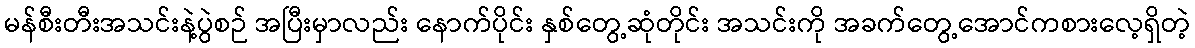
မန်စီးတီးအသင်းနဲ့ပွဲစဉ် အပြီးမှာလည်း နောက်ပိုင်း နှစ်တွေ့ဆုံတိုင်း အသင်းကို အခက်တွေ့အောင်ကစားလေ့ရှိတဲ့